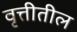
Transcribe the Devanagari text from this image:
वृत्तीतील